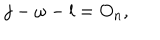
LaTeX: j - \omega - l = O _ { n } ,